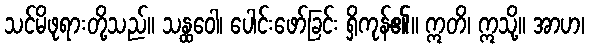
သင်မိဖုရားတို့သည်။ သန္ထဝေါ၊ ပေါင်းဖော်ခြင်း ရှိကုန်၏။ ဣတိ၊ ဣသို့။ အာဟ၊